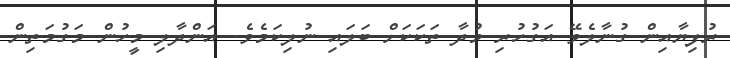
ރުފިޔާއިން ގުނާލެވޭ އަގުހުރި މުދާ ތަކަކަށް ބަލައި ނުލިކަމެވެ. އަންދާލި މީހުން މަގުމަތިން